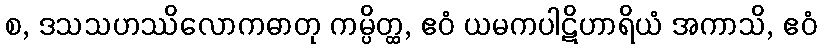
စ, ဒသသဟဿိလောကဓာတု ကမ္ပိတ္ထ, ဧဝံ ယမကပါဋိဟာရိယံ အကာသိ, ဧဝံ